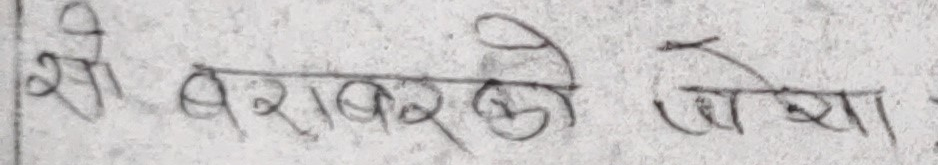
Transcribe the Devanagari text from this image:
श्री बराबरको ज्यामा